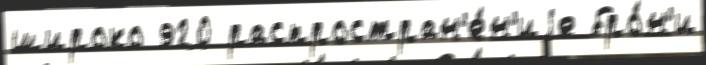
широко 920 распростран'е́н'иjе бро́н'и